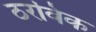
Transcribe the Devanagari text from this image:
ठरविक